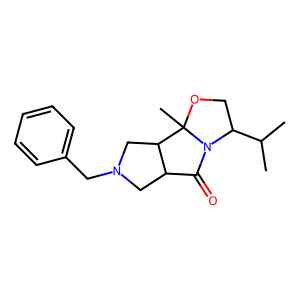
SMILES: CC(C)C1COC2(C)C3CN(Cc4ccccc4)CC3C(=O)N12
Inhibits HIV replication: No